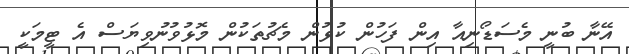
އޭނާ ބުނީ މެސަޑޯނިއާ އިން ފަހުން ކުޅުން މެޗުތަކުން މޮޅުވުނުވިޔަސް އެ ޓީމަކީ